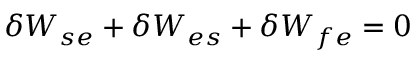
\delta W _ { s e } + \delta W _ { e s } + \delta W _ { f e } = 0